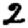
Digit: 2